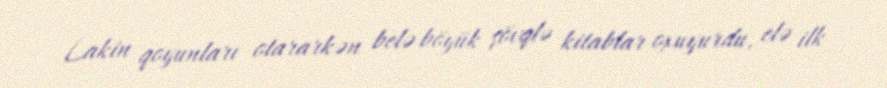
Lakin qoyunları otararkən belə böyük şövqlə kitablar oxuyurdu, elə ilk